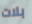
بلات